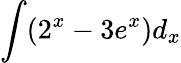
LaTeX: \int(2^{x}-3e^{x})d_{x}